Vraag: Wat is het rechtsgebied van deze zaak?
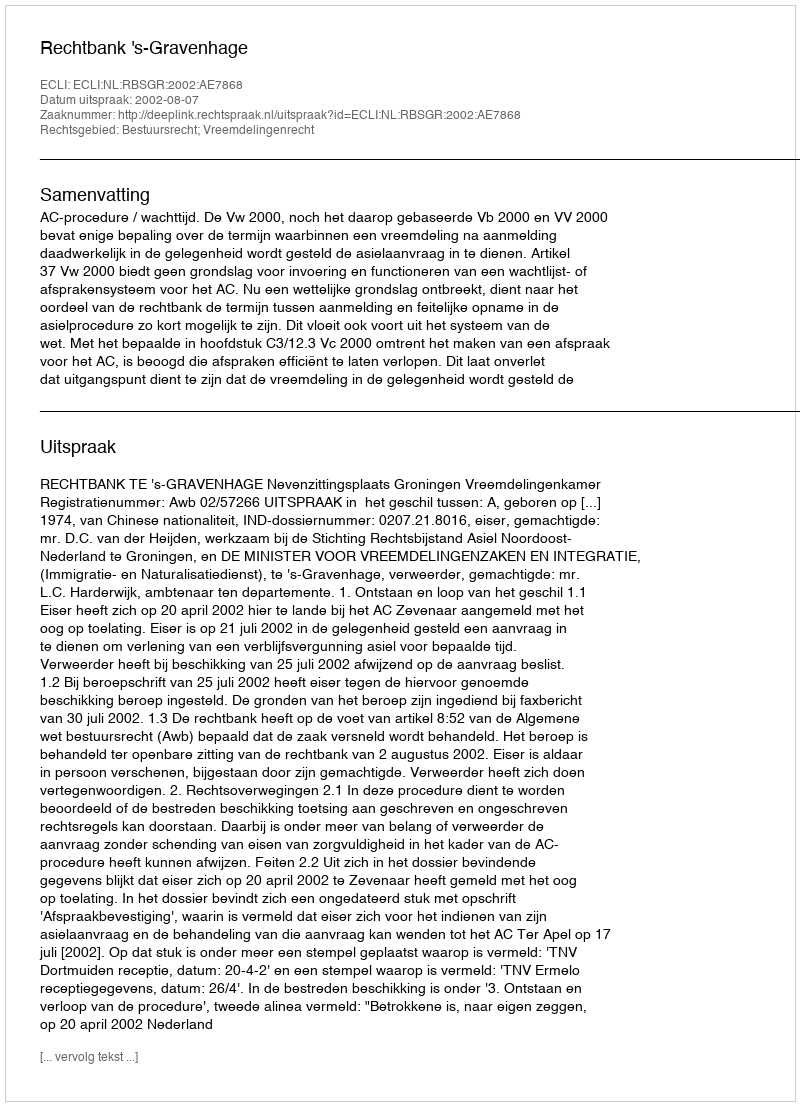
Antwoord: Bestuursrecht; Vreemdelingenrecht